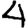
Digit: 4